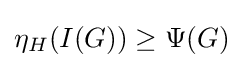
\eta _{H}(I(G))\geq \Psi (G)